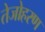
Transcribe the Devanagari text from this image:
तेजोहरण